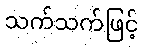
သက်သက်ဖြင့်